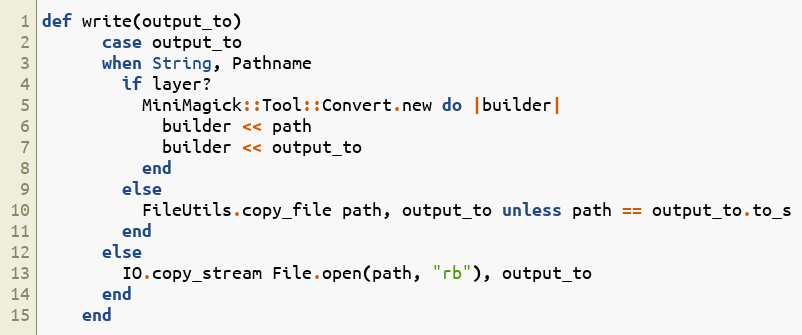
Language: Ruby
def write(output_to)
      case output_to
      when String, Pathname
        if layer?
          MiniMagick::Tool::Convert.new do |builder|
            builder << path
            builder << output_to
          end
        else
          FileUtils.copy_file path, output_to unless path == output_to.to_s
        end
      else
        IO.copy_stream File.open(path, "rb"), output_to
      end
    end